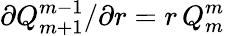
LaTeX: \partial Q_{m+1}^{m-1}/\partial r=r\, Q_{m}^{m}